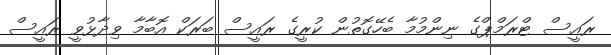
ރައީސް ޓްރަމްޕްގެ ނިންމުމާ ބެހޭގޮތުން ކުރީގެ ރައީސް ބަރަކް އޮބާމާ ވިދާޅުވީ ރައީސް